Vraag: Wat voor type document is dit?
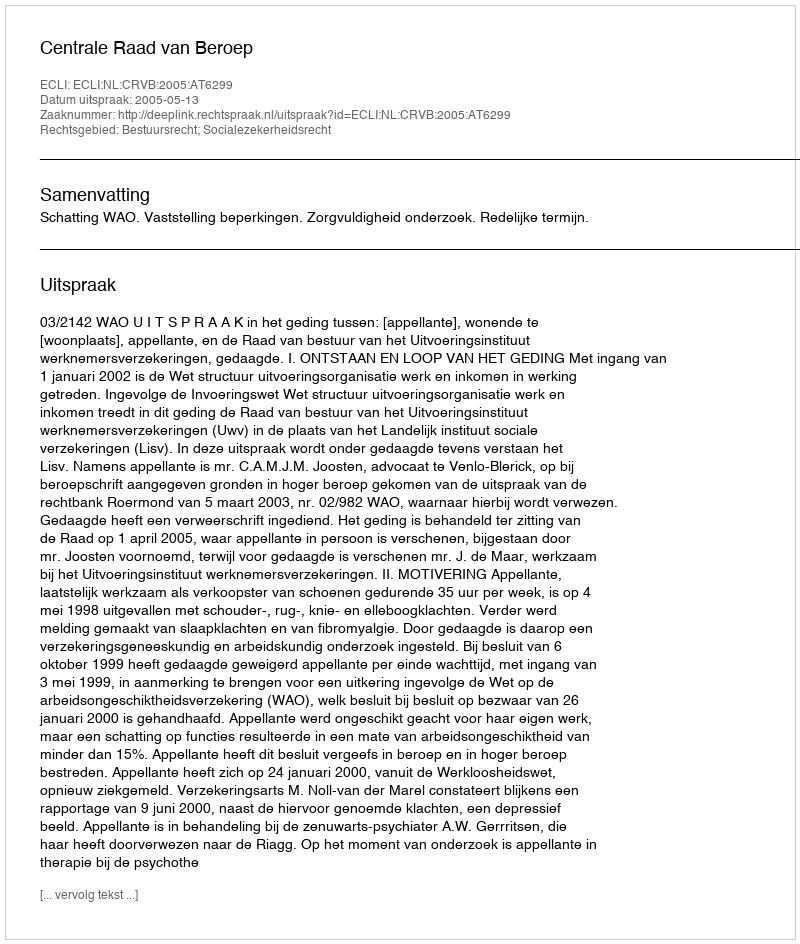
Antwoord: Uitspraak